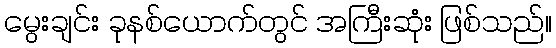
မွေးချင်း ခုနစ်ယောက်တွင် အကြီးဆုံး ဖြစ်သည်။